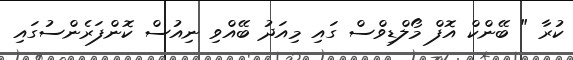
ކުރާ " ބޭންކް އޮފް މޯލްޑިވްސް ގައި މިއަދު ބޭއްވި ނިއުސް ކޮންފަރެންސުގައި